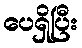
ပေရှိပြီး